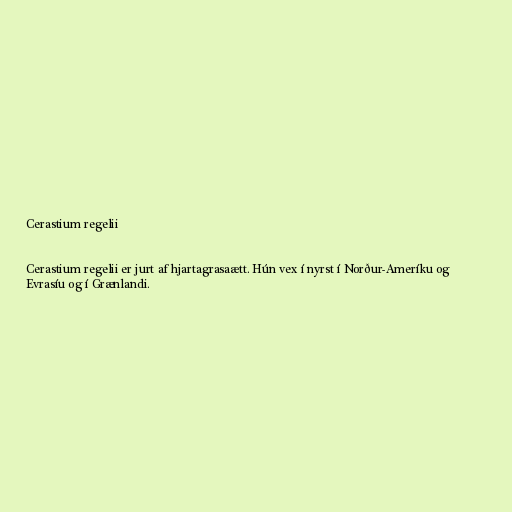
Cerastium regelii

Cerastium regelii er jurt af hjartagrasaætt. Hún vex í nyrst í Norður-Ameríku og
Evrasíu og í Grænlandi.